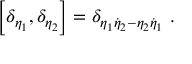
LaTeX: \left[ \delta _ { \eta _ { 1 } } , \delta _ { \eta _ { 2 } } \right] = \delta _ { \eta _ { 1 } \dot { \eta } _ { 2 } - \eta _ { 2 } \dot { \eta } _ { 1 } } \ .